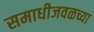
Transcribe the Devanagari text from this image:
समाधीजवळच्या